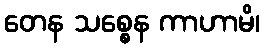
တေန သစ္စေန ကာဟာမိ၊